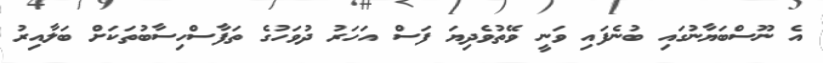
އެ ނޫސްބަޔާނުގައި ބުނެފައި ވަނީ ވޭތުވެދިޔަ ފަސް އަހަރު ދުވަހުގެ ތަފާސްހިސާބުތަކަށް ބަލާއިރު